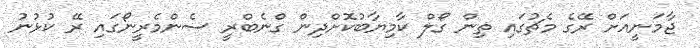
ޖާމަނީއަށް ރޭގެ މެޗުގައި ތިން ގޯލް ކާމިޔާބުކޮށްދިން ގްނެބްރީ ސެންމެރީނޯގައި ރޭ ކުޅުނު